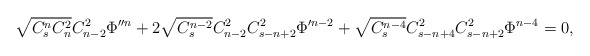
\begin{align*}\sqrt{C^n_sC^2_n}C^2_{n-2}\Phi''^n+2\sqrt{C^{n-2}_s}C^2_{n-2}C^2_{s-n+2}\Phi'^{n-2}+ \sqrt{C^{n-4}_s}C^2_{s-n+4}C^2_{s-n+2}\Phi^{n-4}=0,\end{align*}